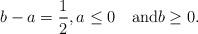
LaTeX: \begin{align*}b-a=\frac{1}{2},a\le 0\quad\mbox{and}b\ge0. \end{align*}